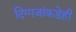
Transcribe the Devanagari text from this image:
दिग्गजांकडेही